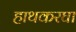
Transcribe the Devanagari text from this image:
हाथकरघा